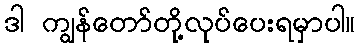
ဒါ ကျွန်တော်တို့လုပ်ပေးရမှာပါ။